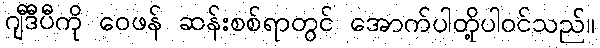
ဂျီဒီပီကို ဝေဖန် ဆန်းစစ်ရာတွင် အောက်ပါတို့ပါဝင်သည်။